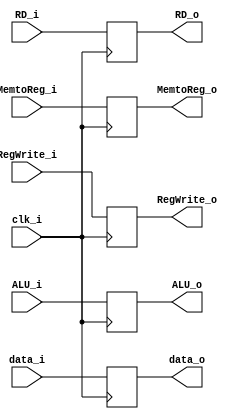
module MEM_WB
(
    input            clk_i,
    input   [31:0]   ALU_i,
    input   [31:0]   data_i,
    input   [4:0]    RD_i,
    input            MemtoReg_i,
    input            RegWrite_i,
    output  [31:0]   ALU_o,
    output  [31:0]   data_o,
    output  [4:0]    RD_o,
    output           MemtoReg_o,
    output           RegWrite_o
);

reg     [31:0]     ALU_o, data_o;
reg     [4:0]      RD_o;
reg                MemtoReg_o, RegWrite_o;

always @ (posedge clk_i) begin
    ALU_o <= ALU_i;
    data_o <= data_i;
    RD_o <= RD_i;
    MemtoReg_o <= MemtoReg_i;
    RegWrite_o <= RegWrite_i;
end

endmodule